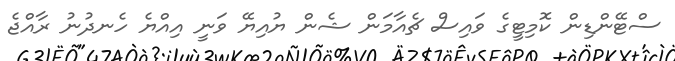
ސްޓޭންޑިން ކޮމިޓީގެ ވައިސް ޗެއާމަން ޝެން ޔުއިޔޭ ވަނީ އިއްޔެ ހެނދުނު ރާއްޖެ